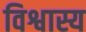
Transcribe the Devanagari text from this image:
विश्वास्य